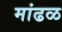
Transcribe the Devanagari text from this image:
मांढळ